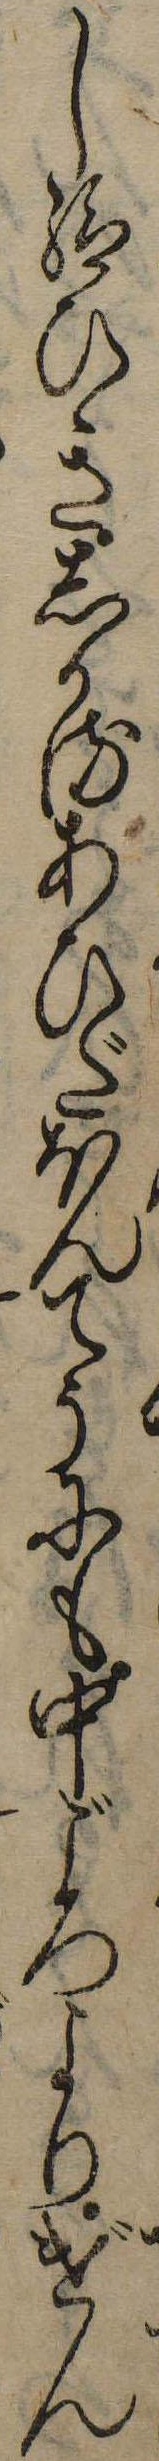
し給ひきしかるあひだほんてうにも中ごろよりげん